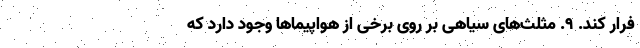
فرار کند. ۹. مثلث‌های سیاهی بر روی برخی از هواپیما‌ها وجود دارد که